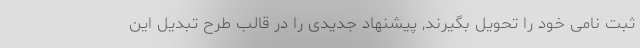
ثبت نامی خود را تحویل بگیرند, پیشنهاد جدیدی را در قالب طرح تبدیل این